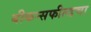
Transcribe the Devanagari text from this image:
बीकन्सफील्डचा